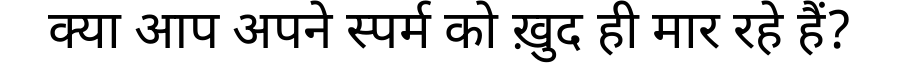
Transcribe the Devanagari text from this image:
क्या आप अपने स्पर्म को ख़ुद ही मार रहे हैं?